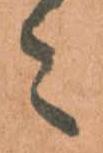
々